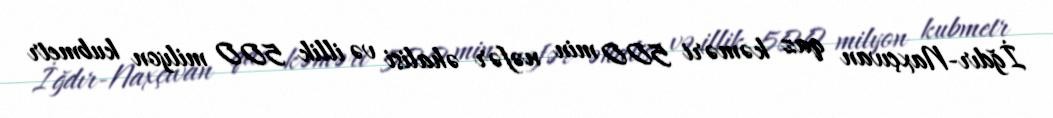
İğdır-Naxçıvan qaz kəməri 500 min nəfər əhalisi və illik 500 milyon kubmetr